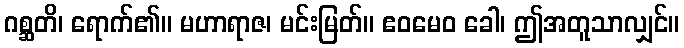
ဂစ္ဆတိ၊ ရောက်၏။ မဟာရာဇ၊ မင်းမြတ်။ ဧဝမေဝ ခေါ၊ ဤအတူသာလျှင်။